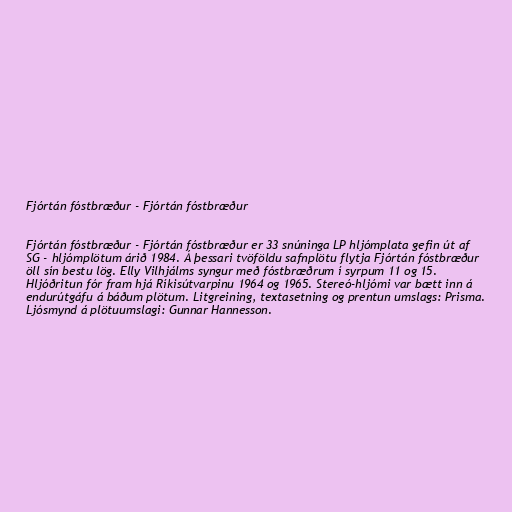
Fjórtán fóstbræður - Fjórtán fóstbræður

Fjórtán fóstbræður - Fjórtán fóstbræður er 33 snúninga LP hljómplata gefin út af
SG - hljómplötum árið 1984. Á þessari tvöföldu safnplötu flytja Fjórtán fóstbræður
öll sín bestu lög. Elly Vilhjálms syngur með fóstbræðrum í syrpum 11 og 15.
Hljóðritun fór fram hjá Ríkisútvarpinu 1964 og 1965. Stereó-hljómi var bætt inn á
endurútgáfu á báðum plötum. Litgreining, textasetning og prentun umslags: Prisma.
Ljósmynd á plötuumslagi: Gunnar Hannesson.